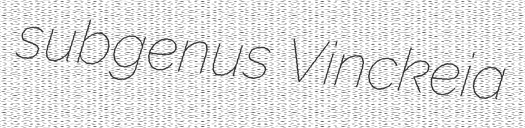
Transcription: subgenus Vinckeia